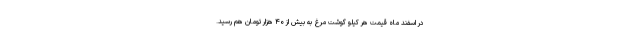
در اسفند ماه قیمت هر کیلو گوشت مرغ به بیش از ۴۰ هزار تومان هم رسید.